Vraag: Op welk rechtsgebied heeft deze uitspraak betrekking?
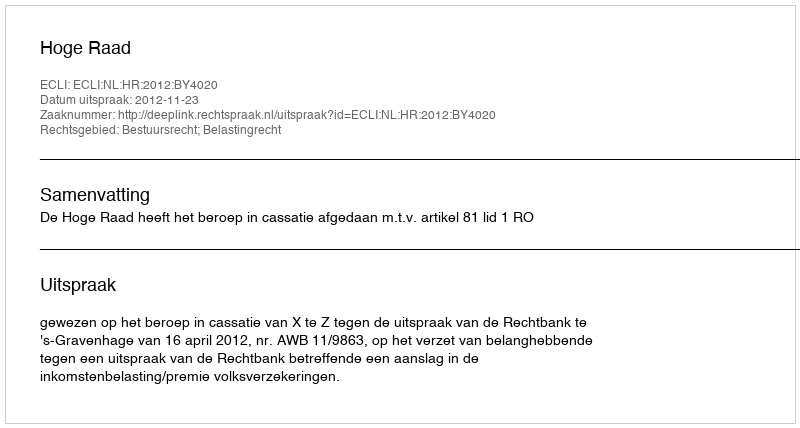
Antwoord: Bestuursrecht; Belastingrecht